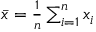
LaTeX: \textstyle { \bar { x } } = { \frac { 1 } { n } } \sum _ { i = 1 } ^ { n } x _ { i }